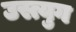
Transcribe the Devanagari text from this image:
उस्त्युग